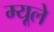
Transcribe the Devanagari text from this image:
म्यूले